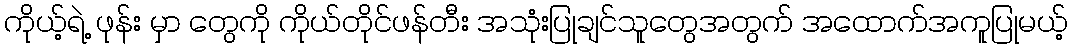
ကိုယ့်ရဲ့ ဖုန်း မှာ တွေကို ကိုယ်တိုင်ဖန်တီး အသုံးပြုချင်သူတွေအတွက် အထောက်အကူပြုမယ့်